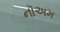
નૉઅમ